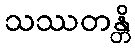
သဿတန္တိ